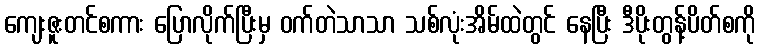
ကျေးဇူးတင်စကား ပြောလိုက်ပြီးမှ ဝက်တဲသာသာ သစ်လုံးအိမ်ထဲတွင် နေပြီး ဒီပိုးတွန့်ပိတ်စကို